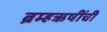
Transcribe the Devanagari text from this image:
ब्रम्हऋषींची